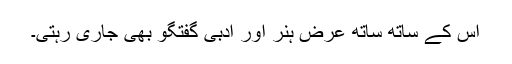
اس کے ساتھ ساتھ عرض ہنر اور ادبی گفتگو بھی جاری رہتی۔